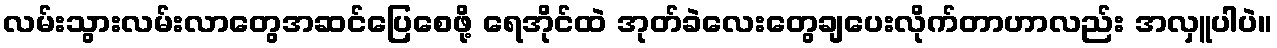
လမ်းသွားလမ်းလာတွေအဆင်ပြေစေဖို့ ရေအိုင်ထဲ အုတ်ခဲလေးတွေချပေးလိုက်တာဟာလည်း အလှူပါပဲ။